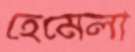
হেমেলা